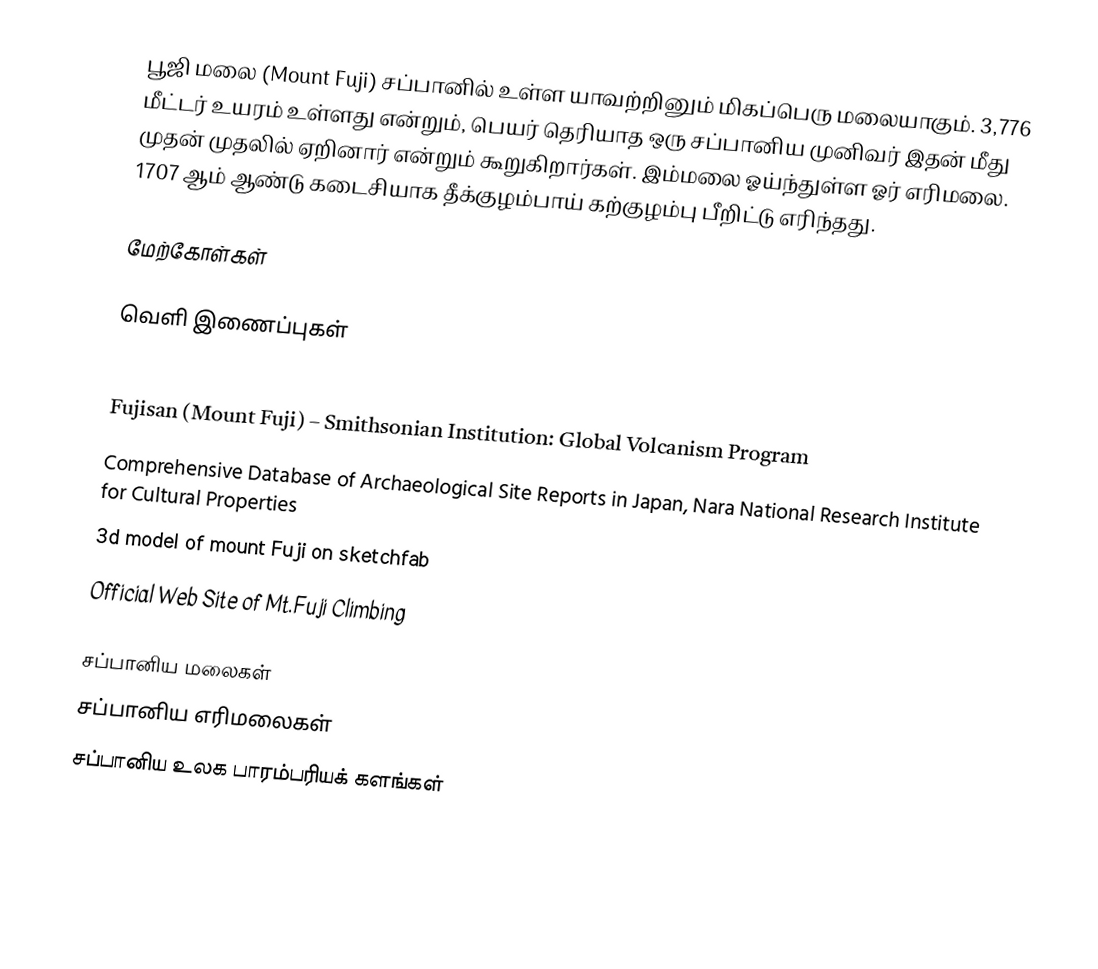
பூஜி மலை (Mount Fuji) சப்பானில் உள்ள யாவற்றினும் மிகப்பெரு மலையாகும். 3,776 மீட்டர் உயரம் உள்ளது என்றும், பெயர் தெரியாத ஒரு சப்பானிய முனிவர் இதன் மீது முதன் முதலில் ஏறினார் என்றும் கூறுகிறார்கள். இம்மலை ஓய்ந்துள்ள ஓர் எரிமலை. 1707 ஆம் ஆண்டு கடைசியாக தீக்குழம்பாய் கற்குழம்பு பீறிட்டு எரிந்தது.

மேற்கோள்கள்

வெளி இணைப்புகள்

 Fujisan (Mount Fuji) – Smithsonian Institution: Global Volcanism Program
 Comprehensive Database of Archaeological Site Reports in Japan, Nara National Research Institute for Cultural Properties
 3d model of mount Fuji on sketchfab
 Official Web Site of Mt.Fuji Climbing

சப்பானிய மலைகள்
சப்பானிய எரிமலைகள்
சப்பானிய உலக பாரம்பரியக் களங்கள்